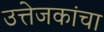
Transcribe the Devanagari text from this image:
उत्तेजकांचा